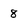
Character: 8